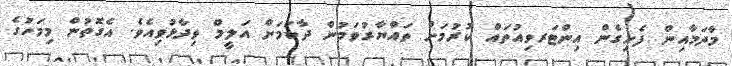
މާދަމާއިން ފެށިގެން އިންޓަރވިއުތައް ކުރުމަށް ތައްޔާރުވަމުން ދާކަމަށް އަލީމް ވިދާޅުވިއެވެ. އެގޮތުން މިމަހުގެ